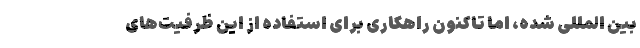
بین المللی شده، اما تاکنون راهکاری برای استفاده از این ظرفیت‌های